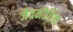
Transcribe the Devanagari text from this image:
जैवनीतिक